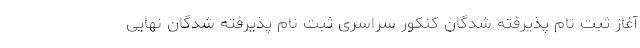
آغاز ثبت نام پذیرفته شدگان کنکور سراسری ثبت نام پذیرفته شدگان نهایی